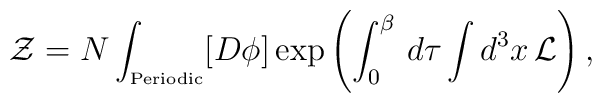
{\cal Z} = N\int_{\mbox{\tiny Periodic}} [D\phi]\exp{\left(\int_0^\beta\,d\tau\int d^3x\,{\cal L}\right)}\,,